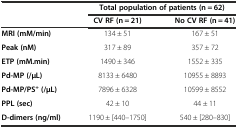
<table><thead><tr><td></td><td colspan="2"><b>Total population of patients (n = 62)</b></td></tr><tr><td></td><td><b>CV RF (n = 21)</b></td><td><b>No CV RF (n = 41)</b></td></tr></thead><tbody><tr><td><b>MRI (mM/min)</b></td><td>134 ± 51</td><td>167 ± 51</td></tr><tr><td><b>Peak (nM)</b></td><td>317 ± 89</td><td>357 ± 72</td></tr><tr><td><b>ETP (mM.min)</b></td><td>1490 ± 346</td><td>1552 ± 335</td></tr><tr><td><b>Pd-MP (/μL)</b></td><td>8133 ± 6480</td><td>10955 ± 8893</td></tr><tr><td><b>Pd-MP/PS</b><sup><b>+</b></sup><b>(/μL)</b></td><td>7896 ± 6328</td><td>10599 ± 8552</td></tr><tr><td><b>PPL (sec)</b></td><td>42 ± 10</td><td>44 ± 11</td></tr><tr><td><b>D-dimers (ng/ml)</b></td><td>1190 ± [440–1750]</td><td>540 ± [280–830]</td></tr></tbody></table>